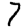
Digit: 7